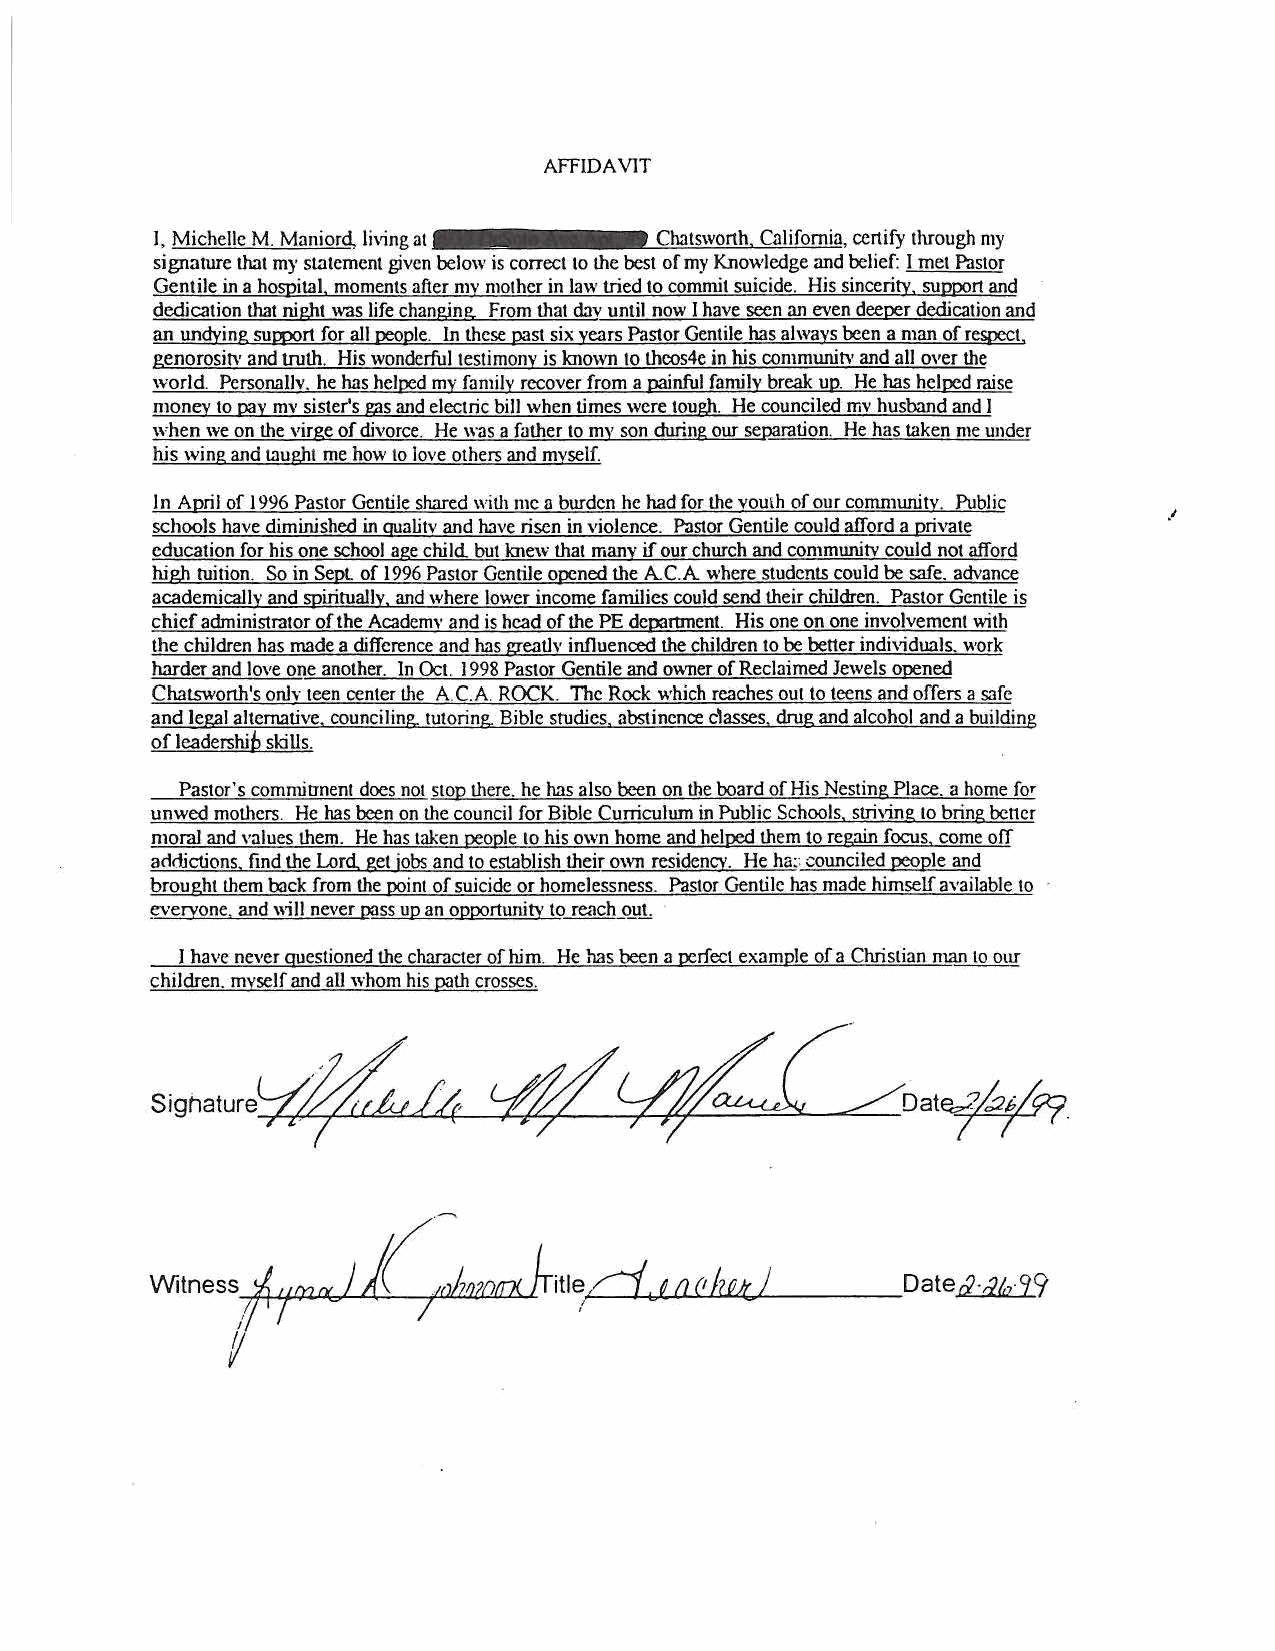
AFFIDAVlT
 I, Michelle M. Maniord, living at Chatsworth. California, certify through my
 signature that my statement given below is correct to the best of my Knowledge and belief: l met Pastor
 Gentile in a hospital. moments after my mother in law tried to commit suicide. His sincerity, support and
 dedication that night was life changing. From that dnv until now I have seen an even deeper dedication and
 an undying support for all oeople. In these past six years Pastor Gentile has always been a man of respect.
 genorositv and truth. His wonderful testimony is known to thcos4e in his communih• and all over the
 world. Personallv. he has helped my family recover from a painful familv break up. He has helocd raise
 money to pay mv sister's gas and electric bill when times were tough. He counciled mv husband and I
 when we on the virge of divorce. He was a father to my son during our separation. He has taken me under
 his wing and taught me how to love others and mvself.
 In April of 1996 Pastor Gentile shared with me a burden he had for the voulh of our community. Public
 ·'
 schools have diminished in gualitv and have risen in violence. Pastor Gentile could afford a private
 education for his one school age child but knew that many if our church and communitv could not afford
 high tuition. So in Sept. of 1996 Pastor Gentile opened the A. C. A where students could be safe. advance
 academically and spiritually. and where lower income families could send their children. Pastor Gentile is
 chief administrator of the Academy and is head of the PE dcoamnent. His one on one involvement with
 the children has made a difference and has greatlv influenced the children to be better individuals. work
 harder and love one another. In Oct. 1998 Pastor Gentile and owner of Reclaimed Jewels opened
 Chatsworth's onlY teen center the A.C . A ROCK. The Rock which reaches out to teens and offers a safe
 and legal alternative. counciling. tutoring. Bible studies. abstinence dasses. drug and alcohol and a building
 of leadershib skills.
 Pastor's commionent does not stop there. he has also been on the board of His Nesting Place. a home for
 unwed mothers. He has been on the council for Bible Curriculum in Public Schools. striving to bring bener
 moraJ and values them. He has taken people to his own home and helped them to regain focus. come ofT
 acidktions. find the Lord get jobs and to establish their own residency. He ha:: counciled people and
 brought them back from the point of suicide or homelessness. Pastor Gentile has made himself available to
 ~ervone. and \\ill never wss up an opportunity to reach out.
 J have never questioned the character of him. He has been a perfect example of a Christian man to our
 children. mvself and aU whom his path crosses.
 Sighaturecd~/4        ~V!f{Y/oat~